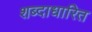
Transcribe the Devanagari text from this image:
शब्दाधारित